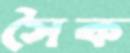
সৈক